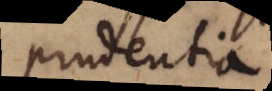
prudentia.